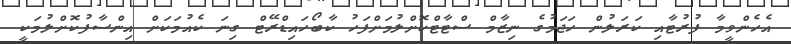
އެހެންވީމާ ފުރުޓާއި ކަރަލުން ހަޖަމުގެ ނިޒާމް ސްޓާޓްކޮށްލުމަށްފަހު ކާބޯހައިޑްރޭޓް ގިނަ ކެއުމަކަށް އިންސާފުކޮށްލުމަކީ